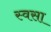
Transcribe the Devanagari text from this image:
स्वसा